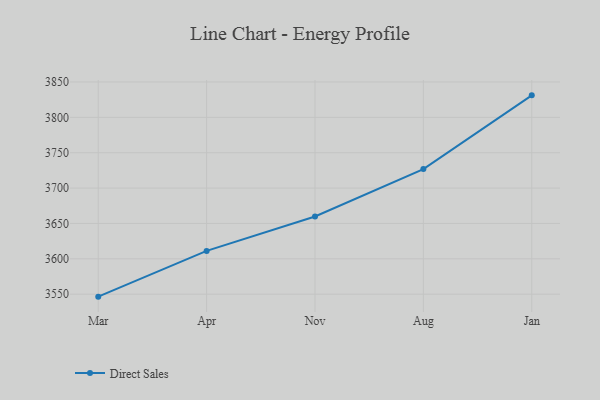
{"axis": {"x": "Month", "y": "Shipments"}, "legend": ["Direct Sales"], "data": [{"x": "Mar", "y": 3546.5, "type": "Direct Sales"}, {"x": "Apr", "y": 3611.2, "type": "Direct Sales"}, {"x": "Nov", "y": 3659.8, "type": "Direct Sales"}, {"x": "Aug", "y": 3726.9, "type": "Direct Sales"}, {"x": "Jan", "y": 3831.1, "type": "Direct Sales"}]}